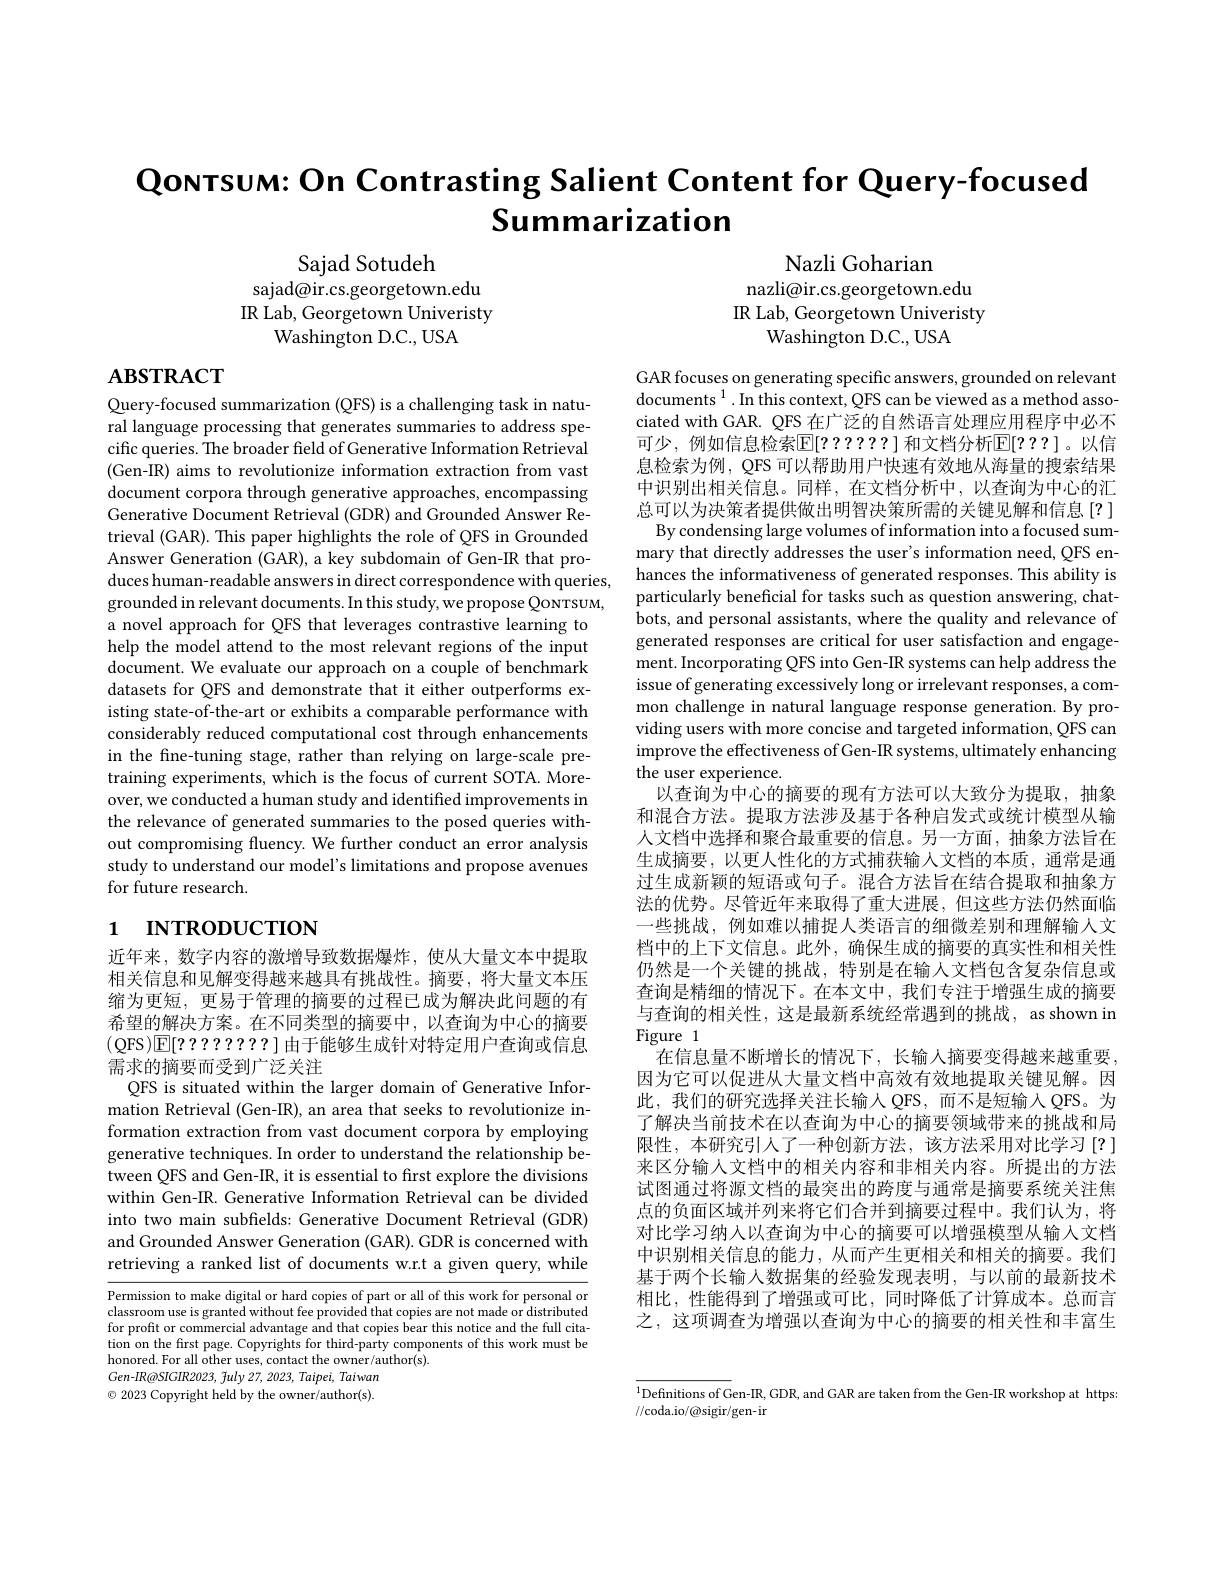
# Qonrsum: On Contrasting Salient Content for Query-focused Summarization

Sajad Sotudeh
sajad@ir.cs.georgetown.edu IR Lab, Georgetown Univeristy
Washington D.C., USA

Nazli Goharian
nazli@ir.cs.georgetown.edu IR Lab, Georgetown Univeristy
Washington D.C., USA

$\mathbf{ABSTRACT}$

Query-focused summarization (QFS) is a challenging task in natural language processing that generates summaries to address specific queries. The broader field of Generative Information Retrieval (Gen-IR) aims to revolutionize information extraction from vast document corpora through generative approaches, encompassing Generative Document Retrieval (GDR) and Grounded Answer Retrieval (GAR). This paper highlights the role of QFS in Grounded Answer Generation (GAR), a key subdomain of Gen-IR that produces human-readable answers in direct correspondence with queries, grounded in relevant documents. In this study, we propose QoNTsUM, a novel approach for QFS that leverages contrastive learning to help the model attend to the most relevant regions of the input $\dot{\text{document. We evaluate our approach on a couple of benchmark}}$ datasets for QFS and demonstrate that it either outperforms existing state-of-the-art or exhibits a comparable performance with considerably reduced computational cost through enhancements in the fine-tuning stage, rather than relying on large-scale pretraining experiments, which is the focus of current SOTA. Moreover, we conducted a human study and identified improvements in the relevance of generated summaries to the posed queries without compromising fluency. We further conduct an error analysis study to understand our model's limitations and propose avenues for future research.

GAR focuses on generating specific answers, grounded on relevant documents $^1.$ In this context, QFS can be viewed as a method associated with GAR. QFS 在广泛的自然语言处理应用程序中必不可少，例如信息检索$\mathbb{E}[?????]$ 和文档分析$\mathbb{E}[???]$。以信息检索为例，QFS 可以帮助用户快速有效地从海量的搜索结果中识别出相关信息。同样，在文档分析中，以查询为中心的汇总可以为决策者提供做出明智决策所需的关键见解和信息[?] By condensing large volumes of information into a focused sum-
mary that directly addresses the user's information need, QFS enhances the informativeness of generated responses. This ability is particularly beneficial for tasks such as question answering, chatbots, and personal assistants, where the quality and relevance of generated responses are critical for user satisfaction and engagement. Incorporating QFS into Gen-IR systems can help address the issue of generating excessively long or irrelevant responses, a common challenge in natural language response generation. By providing users with more concise and targeted information, QFS can improve the effectiveness of Gen-IR systems, ultimately enhancing the user experience.
以查询为中心的摘要的现有方法可以大致分为提取，抽象和混合方法。提取方法涉及基于各种启发式或统计模型从输人文档中选择和聚合最重要的信息。另一方面，抽象方法旨在生成摘要，以更人性化的方式捕获输入文档的本质，通常是通过生成新颖的短语或句子。混合方法旨在结合提取和抽象方法的优势。尽管近年来取得了重大进展，但这些方法仍然面临一些挑战，例如难以捕捉人类语言的细微差别和理解输入文档中的上下文信息。此外，确保生成的摘要的真实性和相关性仍然是一个关键的挑战，特别是在输人文档包含复杂信息或查询是精细的情况下。在本文中，我们专注于增强生成的摘要与查询的相关性，这是最新系统经常遇到的挑战，as shown in Figure 1
在信息量不断增长的情况下，长输入摘要变得越来越重要， 因为它可以促进从大量文档中高效有效地提取关键见解。因此，我们的研究选择关注长输入 QFS, 而不是短输入 QFS。为了解决当前技术在以查询为中心的摘要领域带来的挑战和局限性，本研究引人了一种创新方法，该方法采用对比学习[?] 来区分输入文档中的相关内容和非相关内容。所提出的方法试图通过将源文档的最突出的跨度与通常是摘要系统关注焦点的负面区域并列来将它们合并到摘要过程中。我们认为，将对比学习纳人以查询为中心的摘要可以增强模型从输入文档中识别相关信息的能力，从而产生更相关和相关的摘要。我们基于两个长输人数据集的经验发现表明，与以前的最新技术相比，性能得到了增强或可比，同时降低了计算成本。总而言之，这项调查为增强以查询为中心的摘要的相关性和丰富生

# 1 INTRODUCTION

近年来，数字内容的激增导致数据爆炸，使从大量文本中提取相关信息和见解变得越来越具有挑战性。摘要，将大量文本压缩为更短，更易于管理的摘要的过程已成为解决此问题的有希望的解决方案。在不同类型的摘要中，以查询为中心的摘要(QFS)E[????????]由于能够生成针对特定用户查询或信息需求的摘要而受到广泛关注
QFS is situated within the larger domain of Generative Information Retrieval (Gen-IR), an area that seeks to revolutionize information extraction from vast document corpora by employing generative techniques. In order to understand the relationship between QFS and Gen-IR, it is essential to frst explore the divisions within Gen-IR. Generative Information Retrieval can be divided into two main subfields: Generative Document Retrieval (GDR) and Grounded Answer Generation (GAR). GDR is concerned with retrieving a ranked list of documents w.r.t a given query, while

Permission to make digital or hard copies of part or all of this work for personal or classroom use is granted without fee provided that copies are not made or distributed for profit or commercial advantage and that copies bear this notice and the full citation on the first page. Copyrights for third-party components of this work must be honored. For all other uses, contact the owner/author(s).
Gen-IR@SIGIR2023, fuly 27, 2023, Taipei, Taiwan $\textcircled{\circ}$ 2023 Copyright held by the owner/author(s).

$^{1}$Definitions of Gen-IR, GDR, and GAR are taken from the Gen-IR workshop at https:
//coda.io/@sigir/gen-ir